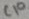
Text: C10